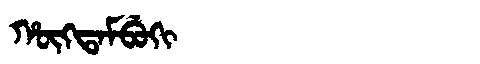
Manchu: ᡥᡡᡴᡨᠠᠮᠪᡠᡴᡳ
Romanization: HŪKTAMBUKI